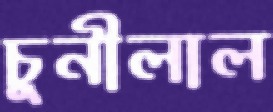
চুনীলাল